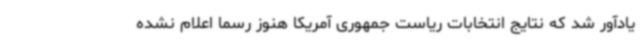
یادآور شد که نتایج انتخابات ریاست جمهوری آمریکا هنوز رسما اعلام نشده